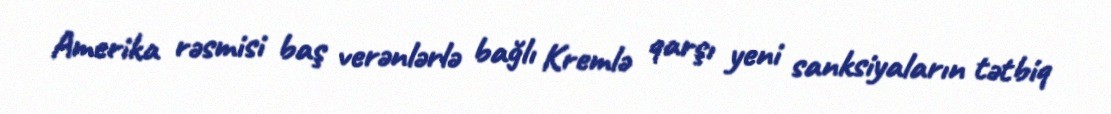
Amerika rəsmisi baş verənlərlə bağlı Kremlə qarşı yeni sanksiyaların tətbiq